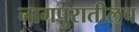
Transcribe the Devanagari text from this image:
नागपुरातीलच